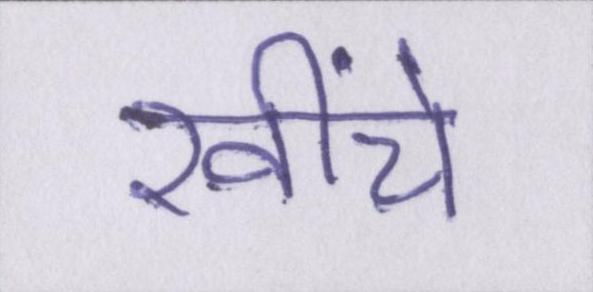
खींचे